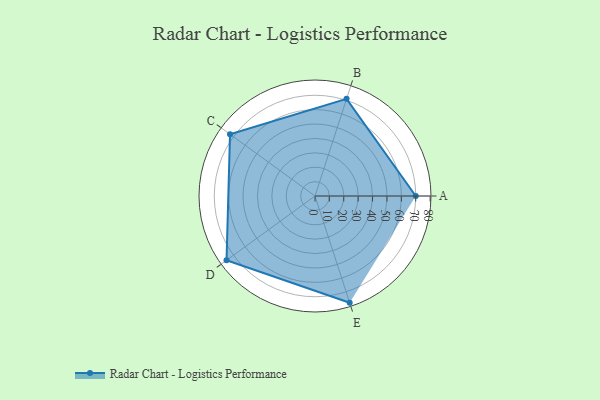
{"axis": {"x": "Skill", "y": "Score"}, "legend": ["Profile"], "data": [{"x": "A", "y": 70.0, "type": "Profile"}, {"x": "B", "y": 71.0, "type": "Profile"}, {"x": "C", "y": 73.0, "type": "Profile"}, {"x": "D", "y": 76.0, "type": "Profile"}, {"x": "E", "y": 78.0, "type": "Profile"}]}